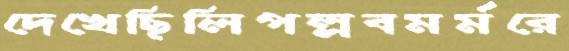
দেখেছিলিপল্লবমর্মরে